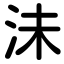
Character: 沬